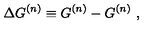
\Delta G ^ { ( n ) } \equiv G ^ { ( n ) } - G ^ { ( n ) } \ ,